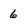
Character: 6